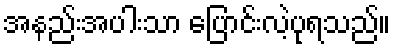
အနည်းအပါးသာ ပြောင်းလဲ့ပုရသည်။